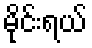
မိုင်းရယ်